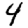
Digit: 4